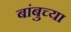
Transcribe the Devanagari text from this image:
बांबुच्या